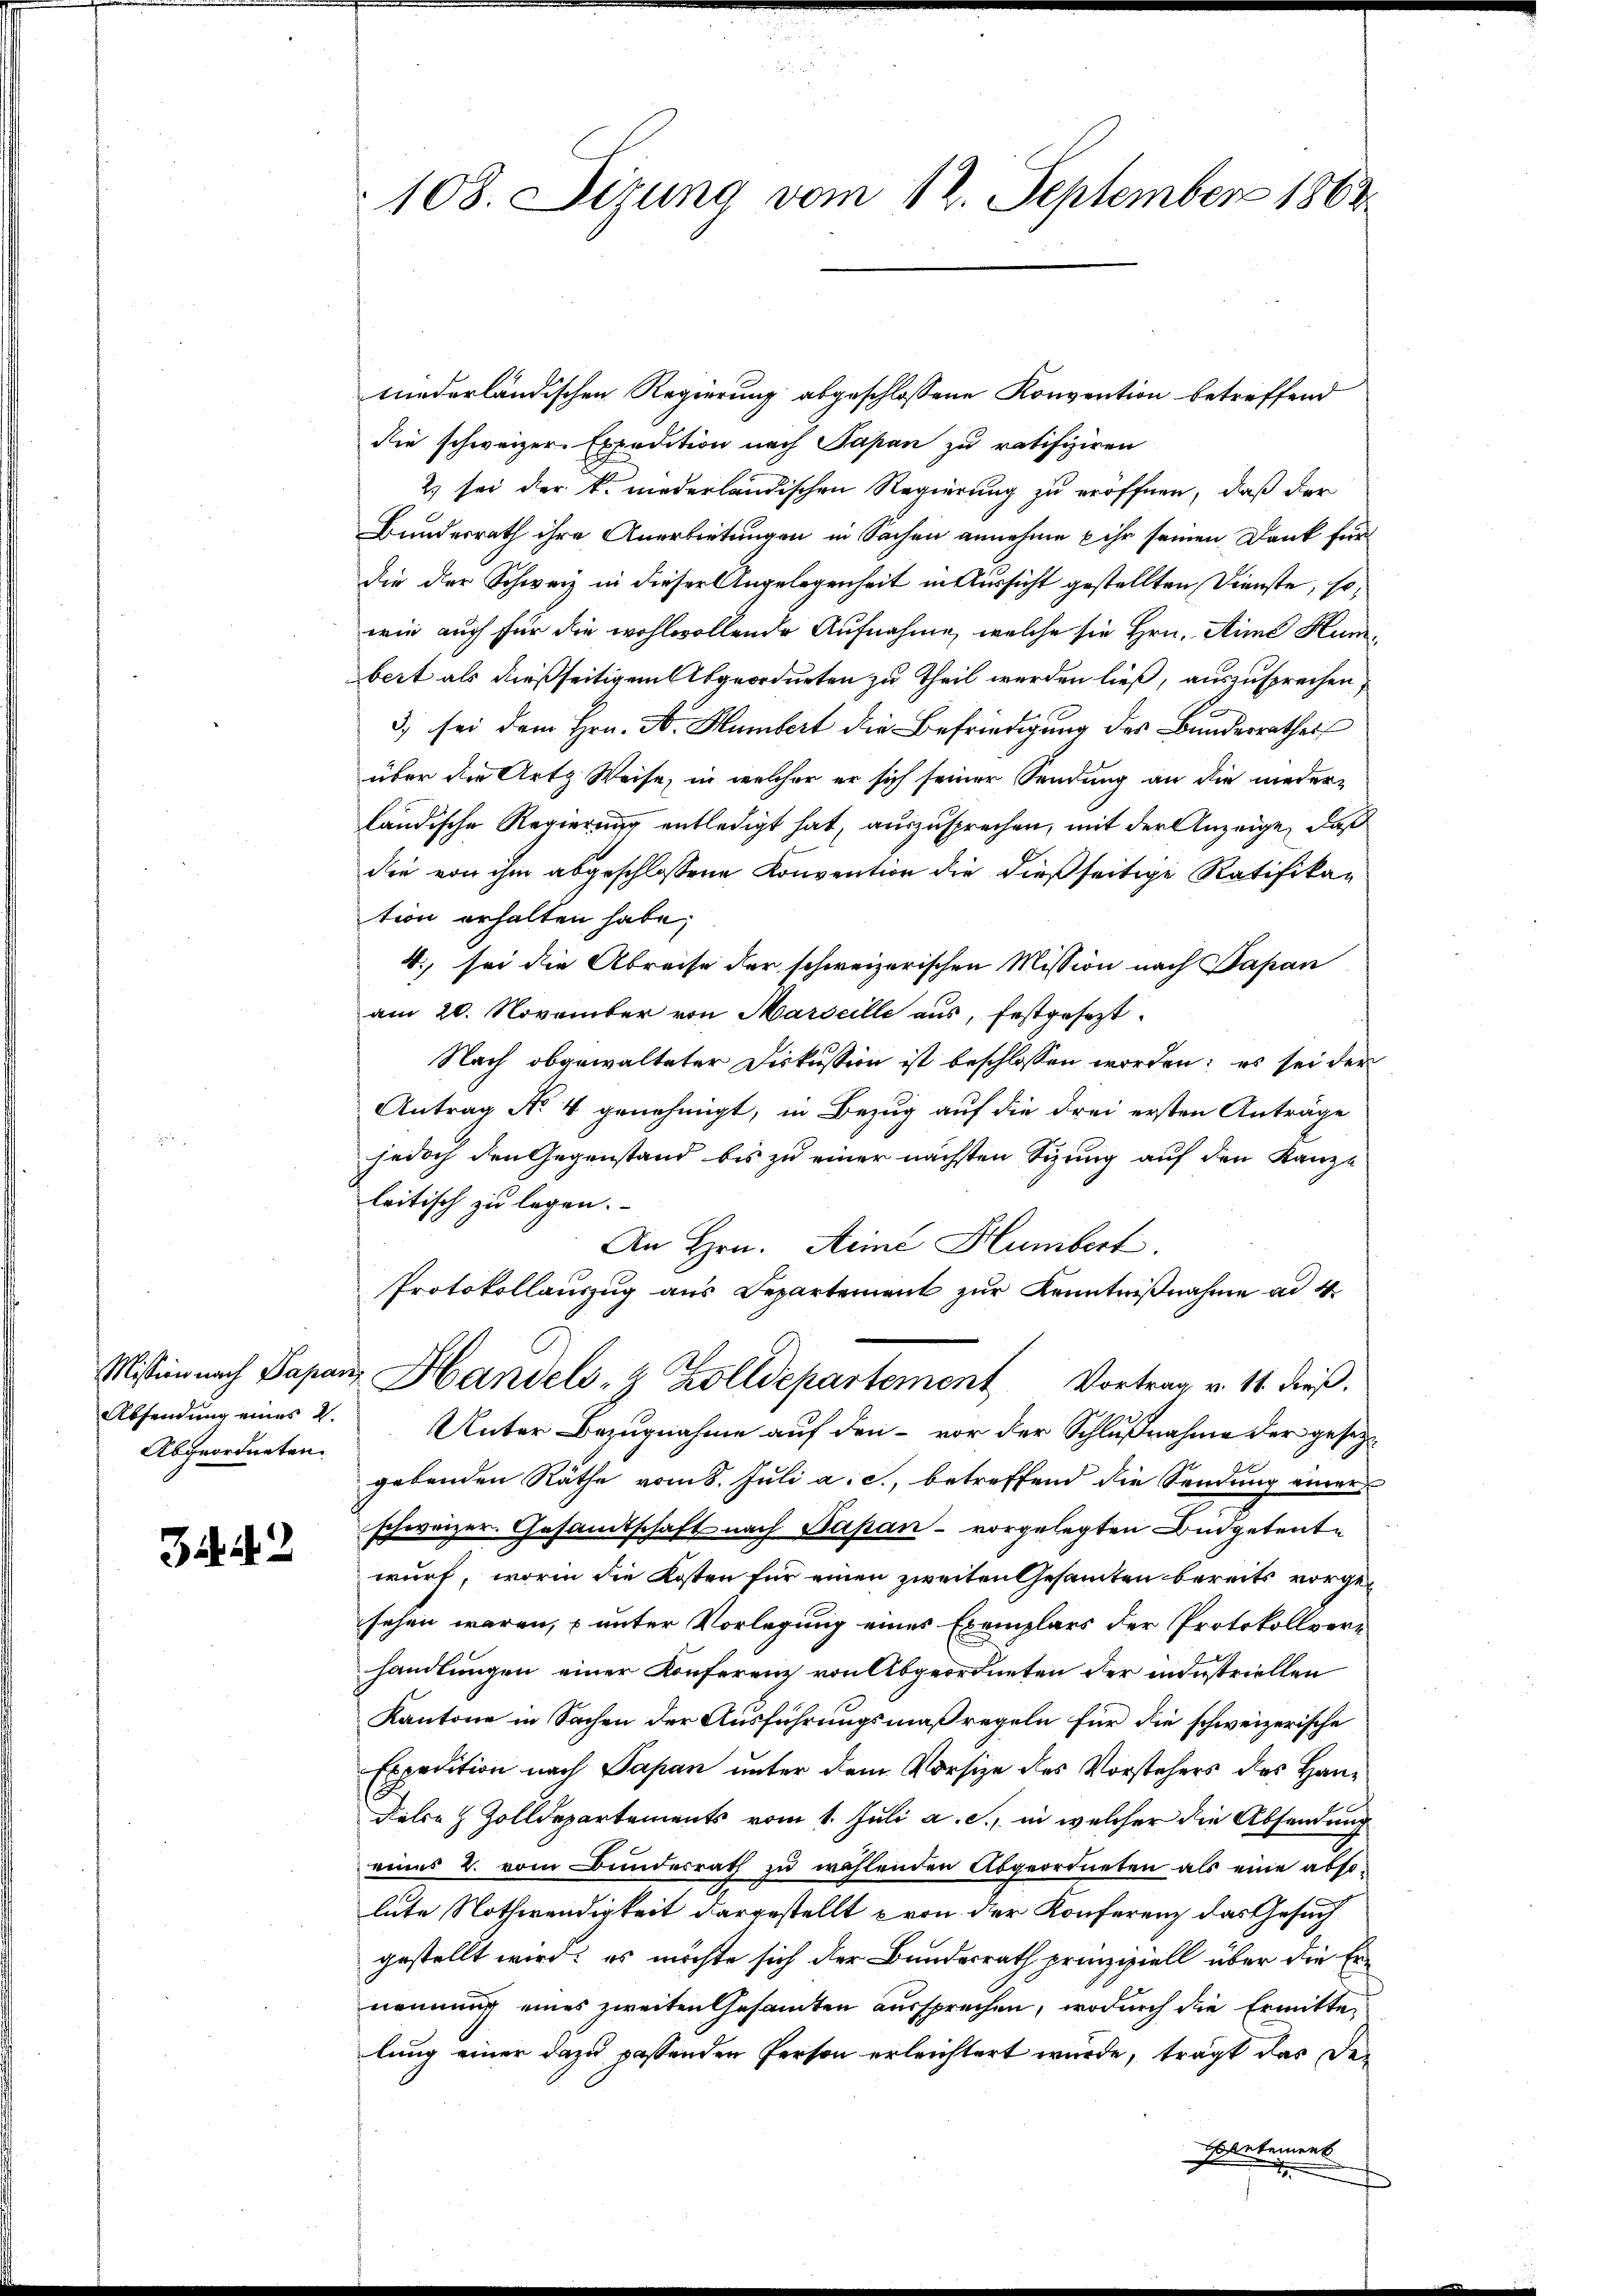
Absendung eines 2.
Abgeordneten.

34. 42

tnederländischen Regierung abgeschlossene Konvention betreffend
die schweizer. Expedition nach Papan zu ratifiziren
2) sei der k. niederländischen Regierung zu eröffnen, daß der
Bundesrath ihre Anerbietungen in Sachen annehme & ihr seinen Dank für
die der Schweiz in dieser Angelegenheit in Aussicht gestellten Dienste, so,
wie auch für die wohlwollende Aufnahme, welche sie Hrn. Sime Humbert als dießseitigem Abgeordneten zu Theil werden ließ, auszusprechen,
3) sei dem Hrn. A. Humbert die Befriedigung des Bundesrathes
über die Art Weise, in welcher er sich seiner Sendung an die nieder-
ländische Regierung entledigt hat, auszusprechen, mit der Anzeige, daß
die von ihm abgeschlossene Konvention die dießseitige Ratifikation erhalten habe;
4., sei die Abreise der schweizerischen Mission nach Papan
am 20. November von Marseille aus, festgesezt.
Nach obgewalteter Diskussion ist beschlossen worden; es sei der
Antrag No. 4 genehmigt, in Bezug auf die drei ersten Anträge
jedoch den Gegenstand bis zu einer nächsten Sizung auf den Kanze
leitisch zu legen.
An Hrn. Seine Humbert.
Protokollauszug aus Departement zur Kenntnißnahme ad 4
Mission nach Papanz Handels- & Zolldepartement Vortrag v. 11. dieß.
Unter Bezugnahme auf den – vor der Schlußnahme der gesetzgebenden Räthe vom 8. Juli a. c., betreffend die Sendung einer
schweizer. Gesandtschaft nach Papan - vorgelegten Budgetente
wurf, worin die Kosten für einen zweiten Gesammten bereits vorgesehen waren, unter Vorlegung eines Exemplars der Protokollverhandlungen einer Konferenz von Abgeordneten der industriellen
Kantone in Sachen der Ausführungsmaßregeln für die schweizerische
Expedition nach Papan unter dem Vorsize des Vorstehers des Han¬
Jahre Zolldepartements vom 1. Juli a. c. in welcher die Absendung
eines 2. vom Bundesrath zu wählenden Abgeordneten als eine absolute Nothwendigkeit dargestellt von der Konferenz das Gesuch
gestellt wird; es möchte sich der Bundesrath prinzipiell über die Ernennung eines zweiten Gesamten aussprechen, wodurch die Ermittelung einer dazu passenden Person erleichtert wurde, trägt das De¬
Sentement

108. Sizung vom 12. September 1863.